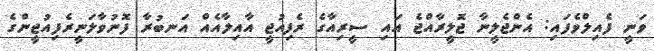
ވަނީ ފެއިލްވެފައި: އެންޖެލީނާ ޖޮލީރާއްޖެ އައި ސީރިއާގެ ރެފިއުޖީ އާއިލާއެއް އަނބުރާ ފޮނުވާލަނީރެފިއުޖީންގެ